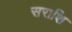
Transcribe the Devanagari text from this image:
सराशि